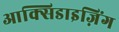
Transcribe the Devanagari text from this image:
आक्सिडाइज़िंग